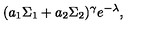
( a _ { 1 } \Sigma _ { 1 } + a _ { 2 } \Sigma _ { 2 } ) ^ { \gamma } e ^ { - \lambda } ,